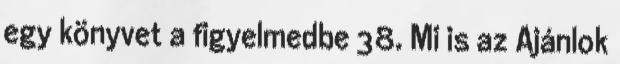
egy könyvet a figyelmedbe 38. Mi is az Ajánlok